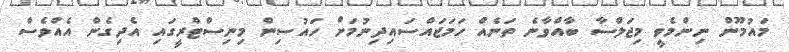
މައުމޫން ނިންމެވީ މިޖަލްސާ ބާއްވާނެ ތަނެއް ހަމަޖައްސައިދިނުމަށް ހައުސިން މިނިސްޓްރީގައި އެދިގެން އެއްވެސް